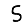
Digit: 5